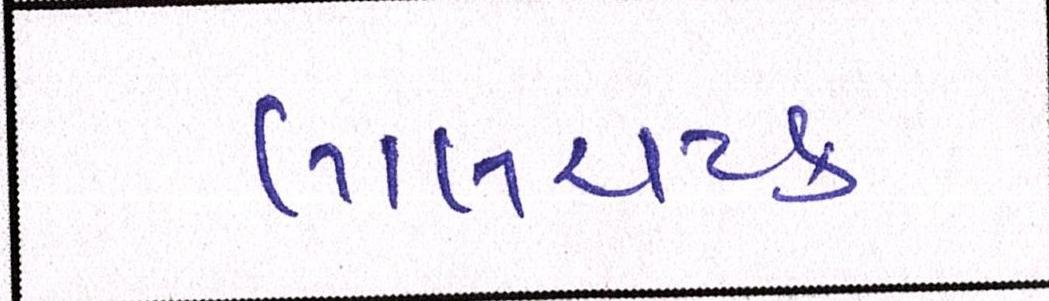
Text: લાલચટક